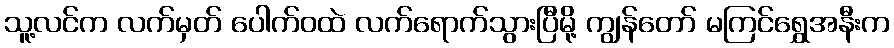
သူ့လင်က လက်မှတ် ပေါက်ဝထဲ လက်ရောက်သွားပြီမို့ ကျွန်တော် မကြင်ရွှေအနီးက